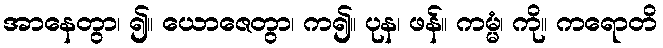
အာနေတွာ၊ ၍။ ယောဇေတွာ၊ က၍။ ပုန၊ ဖန်။ ကမ္မံ၊ ကို။ ကရောတိ